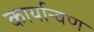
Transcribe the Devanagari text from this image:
कार्यान्वण